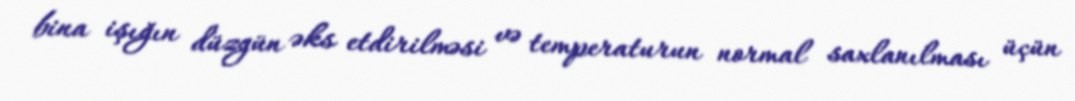
bina işığın düzgün əks etdirilməsi və temperaturun normal saxlanılması üçün